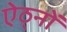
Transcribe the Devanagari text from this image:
ऐठ्नों